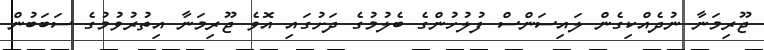
ޖޫރިމަނާ ނުދެއްކިގެން ލައިސަންސް ފުލުހުންގެ ބެލުމުގެ ދަށުގައި އޮވެ ޖޫރިމަނާ އިތުރުވުމުގެ ސަބަބުން